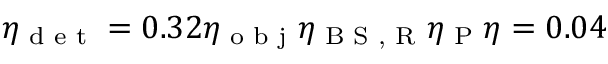
\eta _ { \textrm { d e t } } = 0 . 3 2 \eta _ { \textrm { o b j } } \eta _ { \textrm { B S , R } } \eta _ { \textrm { P } } \eta = 0 . 0 4